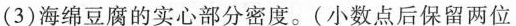
(3)海绵豆腐的实心部分密度。(小数点后保留两位